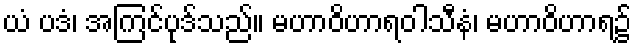
ယံ ပဒံ၊ အကြင်ပုဒ်သည်။ မဟာဝိဟာရဝါသီနံ၊ မဟာဝိဟာရ၌